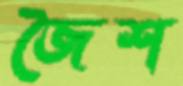
জৈশ